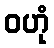
ဝဟုံ